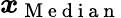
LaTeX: \boldsymbol{x}_{\mathrm{~M~e~d~i~a~n~}}